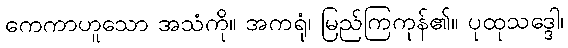
ကေကာဟူသော အသံကို။ အကရုံ၊ မြည်ကြကုန်၏။ ပုထုသဒ္ဒေါ၊